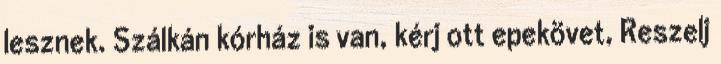
lesznek. Szálkán kórház is van, kérj ott epekövet, Reszelj